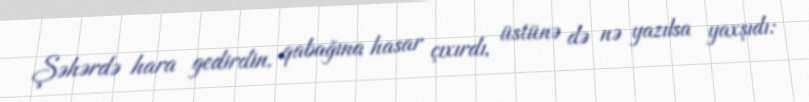
Şəhərdə hara gedirdin, qabağına hasar çıxırdı, üstünə də nə yazılsa yaxşıdı: